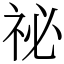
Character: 祕